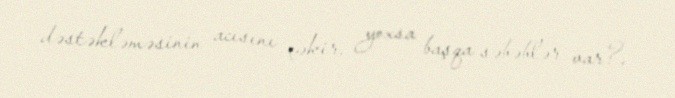
dəstəkləməsinin acısını çəkir, yoxsa başqa səbəblər var?.